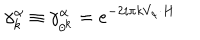
\gamma _ { k } ^ { \alpha } \equiv \gamma _ { \theta ^ { k } } ^ { \alpha } = e ^ { - 2 i \pi k V _ { \alpha } \cdot H }